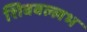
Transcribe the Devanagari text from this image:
शिववल्लभ